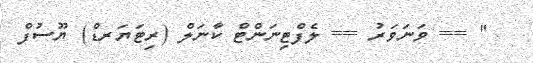
" == ވަނަވަރު == ލެފްޓިނަންޓް ކާނަލް (ރިޓަޔަރޑް) ޔޫސުފް